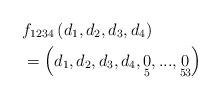
LaTeX: \begin{align*}& f_{1234}\left( d_{1},d_{2},d_{3},d_{4}\right) \\& =\left( d_{1},d_{2},d_{3},d_{4},\underset{5}{0},...,\underset{53}{0}\right)\end{align*}